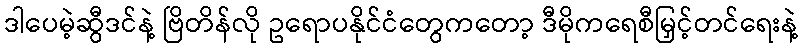
ဒါပေမဲ့ဆွီဒင်နဲ့ ဗြိတိန်လို ဥရောပနိုင်ငံတွေကတော့ ဒီမိုကရေစီမြှင့်တင်ရေးနဲ့